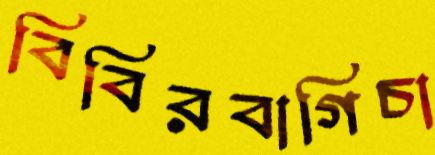
বিবিরবাগিচা